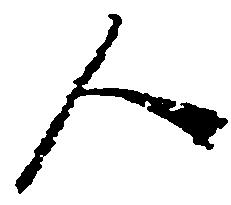
人